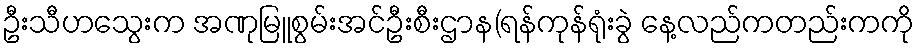
ဦးသီဟသွေးက အဏုမြူစွမ်းအင်ဦးစီးဌာန(ရန်ကုန်ရုံးခွဲ နေ့လည်ကတည်းကကို